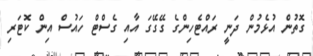
ގޮތުން އުޅެމުން ދަނީ ރައްޓެހިންގެ ގޭގޭގަ އާއި ގެސްޓް ހައުސް އިން ކޮޓަރި